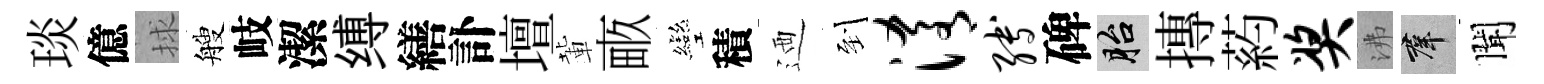
琰億捄艘岐潔缚繕訃壇輩畞彎積迺到淆缚碑胎摶葯奖沸群聞